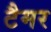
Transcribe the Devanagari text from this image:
टैमर